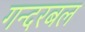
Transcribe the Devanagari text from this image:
गन्दरबल